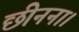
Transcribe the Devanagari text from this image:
छीनना।